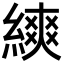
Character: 𦄍